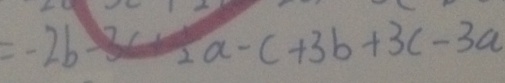
= - 2 b - 3 c + \frac { 1 } { 2 } a - c + 3 b + 3 c - 3 a